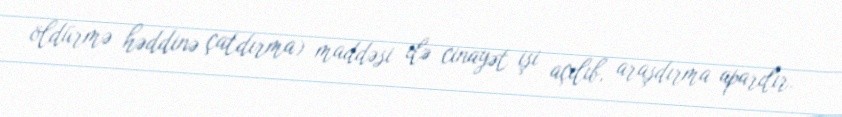
öldürmə həddinə çatdırma) maddəsi ilə cinayət işi açılıb, araşdırma aparılır.